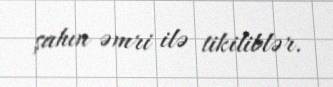
şahın əmri ilə tikiliblər.